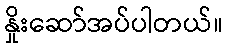
နှိုးဆော်အပ်ပါတယ်။